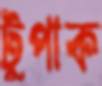
টুপাক